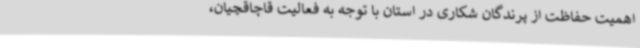
اهمیت حفاظت از پرندگان شکاری در استان با توجه به فعالیت قاچاقچیان،